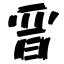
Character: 晋